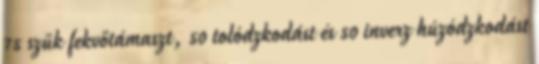
75 szűk fekvőtámaszt, 50 tolódzkodást és 50 inverz húzódzkodást